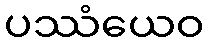
ပဿံယေဝ